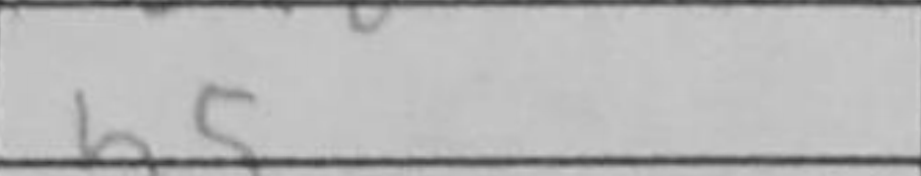
Transcription: b5